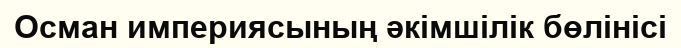
Осман империясының әкімшілік бөлінісі